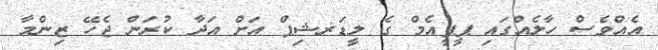
އެއްވެސް ހާލެއްގައި ޕީޕީއެމް ގެ ލީޑަރޝިޕް އަށް އަދާ ކުރަން ޖެހޭ ޒިންމާ